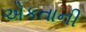
એકતાની